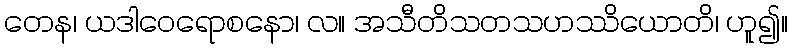
တေန၊ ယဒါဝေရောစနော၊ လ။ အသီတိသတသဟဿိယောတိ၊ ဟူ၍။